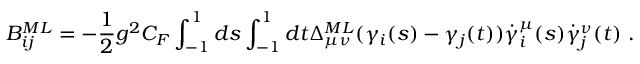
{ \cal B } _ { i j } ^ { M L } = - { \frac { 1 } { 2 } } g ^ { 2 } C _ { F } \int _ { - 1 } ^ { 1 } d s \int _ { - 1 } ^ { 1 } d t \Delta _ { \mu \nu } ^ { M L } ( \gamma _ { i } ( s ) - \gamma _ { j } ( t ) ) \dot { \gamma } _ { i } ^ { \mu } ( s ) \dot { \gamma } _ { j } ^ { \nu } ( t ) \ .